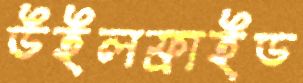
উইলফ্রাইড